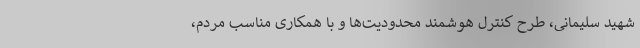
شهید سلیمانی، طرح کنترل هوشمند محدودیت‌ها و با همکاری مناسب مردم،